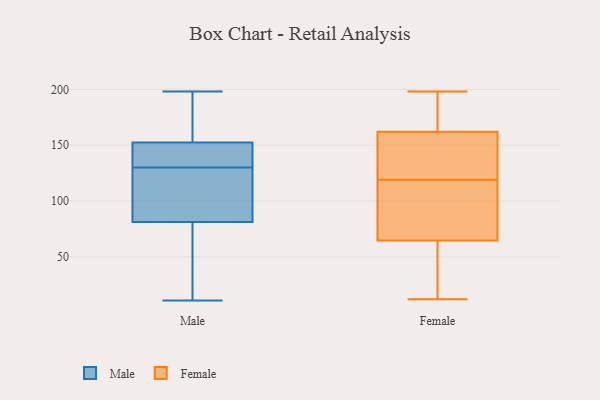
{"axis": {"x": "Customer Acquisition Cost (USD)", "y": "Value"}, "legend": ["Female", "Male"], "data": [{"x": "", "y": 95, "type": "Male"}, {"x": "", "y": 149, "type": "Male"}, {"x": "", "y": 11, "type": "Male"}, {"x": "", "y": 135, "type": "Male"}, {"x": "", "y": 163, "type": "Male"}, {"x": "", "y": 40, "type": "Male"}, {"x": "", "y": 198, "type": "Male"}, {"x": "", "y": 121, "type": "Male"}, {"x": "", "y": 130, "type": "Male"}, {"x": "", "y": 168, "type": "Male"}, {"x": "", "y": 100, "type": "Male"}, {"x": "", "y": 146, "type": "Male"}, {"x": "", "y": 13, "type": "Male"}, {"x": "", "y": 67, "type": "Female"}, {"x": "", "y": 12, "type": "Female"}, {"x": "", "y": 56, "type": "Female"}, {"x": "", "y": 64, "type": "Female"}, {"x": "", "y": 159, "type": "Female"}, {"x": "", "y": 119, "type": "Female"}, {"x": "", "y": 13, "type": "Female"}, {"x": "", "y": 99, "type": "Female"}, {"x": "", "y": 192, "type": "Female"}, {"x": "", "y": 93, "type": "Female"}, {"x": "", "y": 163, "type": "Female"}, {"x": "", "y": 198, "type": "Female"}, {"x": "", "y": 127, "type": "Female"}, {"x": "", "y": 157, "type": "Female"}, {"x": "", "y": 193, "type": "Female"}]}